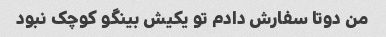
من دوتا سفارش دادم تو یکیش بینگو کوچک نبود